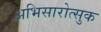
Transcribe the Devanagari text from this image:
अभिसारोत्सुक